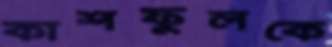
কাশফুলকে